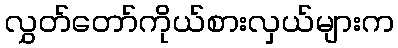
လွှတ်တော်ကိုယ်စားလှယ်များက